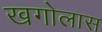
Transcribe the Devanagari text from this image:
खगोलास